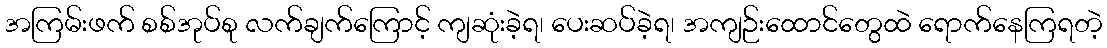
အကြမ်းဖက် စစ်အုပ်စု လက်ချက်ကြောင့် ကျဆုံးခဲ့ရ၊ ပေးဆပ်ခဲ့ရ၊ အကျဉ်းထောင်တွေထဲ ရောက်နေကြရတဲ့